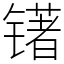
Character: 䦃